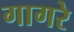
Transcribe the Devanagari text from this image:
गागरे